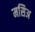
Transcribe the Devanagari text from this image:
मसिअ